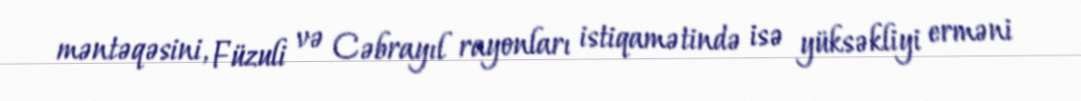
məntəqəsini, Füzuli və Cəbrayıl rayonları istiqamətində isə yüksəkliyi erməni